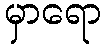
မှာရော